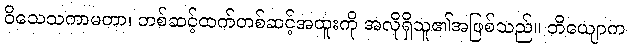
ဝိသေသကာမတာ၊ တစ်ဆင့်ထက်တစ်ဆင့်အထူးကို အလိုရှိသူ၏အဖြစ်သည်။ ဘိယျောက